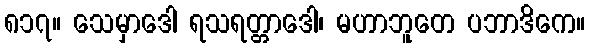
၈၁၇။ သေမှာဒေါ ရသရတ္တာဒေါ၊ မဟာဘူတေ ပဘာဒိကေ။